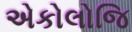
એકોલોજિ